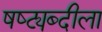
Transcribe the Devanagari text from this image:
षष्ट्यब्दीला